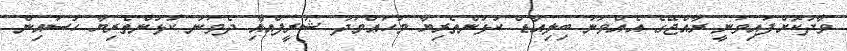
ވާދަކޮށްފައިވަނީ ރާއްޖޭގެ އެއްވަނަ ބިލިއާޑް ކުޅުންތެރިޔާ މުހައްމަދު ޝަރީފްއާއި ދެވަނަ ކުޅުންތެރިޔާ ހުސައިން